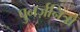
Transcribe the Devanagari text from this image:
पुनर्ज़नित्रों